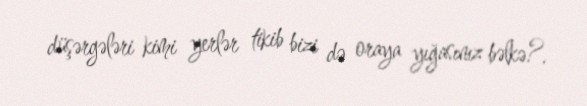
düşərgələri kimi yerlər tikib bizi də oraya yığasınız bəlkə?.